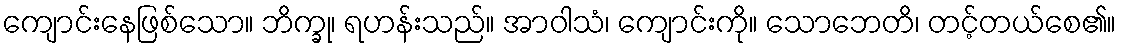
ကျောင်းနေဖြစ်သော။ ဘိက္ခု၊ ရဟန်းသည်။ အာဝါသံ၊ ကျောင်းကို။ သောဘေတိ၊ တင့်တယ်စေ၏။